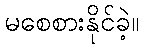
မစေစားနိုင်ခဲ့။